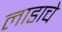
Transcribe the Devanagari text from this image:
लाडाचे